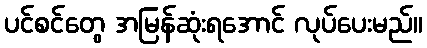
ပင်စင်တွေ အမြန်ဆုံးရအောင် လုပ်ပေးမည်။